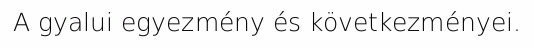
A gyalui egyezmény és következményei.